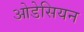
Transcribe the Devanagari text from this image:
ओडेसियन